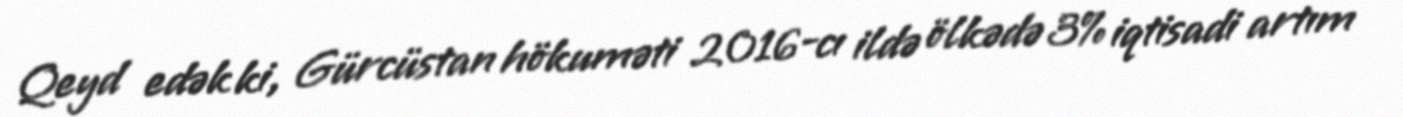
Qeyd edək ki, Gürcüstan hökuməti 2016-cı ildə ölkədə 3% iqtisadi artım